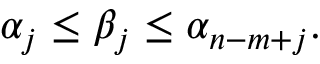
\alpha _ { j } \leq \beta _ { j } \leq \alpha _ { n - m + j } .